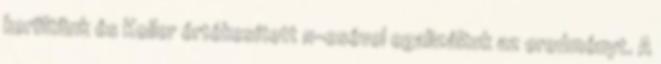
kerültünk és Koller értékesített 11-esével egalizáltuk az eredményt. A